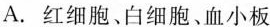
A.红细胞﹑白细胞﹑血小板